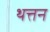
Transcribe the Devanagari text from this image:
थत्तन